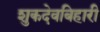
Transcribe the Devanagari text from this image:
शुकदेवबिहारी